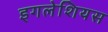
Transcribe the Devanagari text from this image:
इगलेशियस